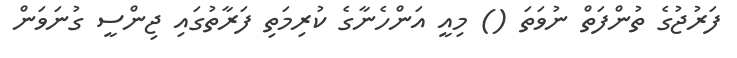
ފަރުޖުގެ ތުންފަތް ނުވަތަ () މިއީ އަންހެނާގެ ކުރިމަތި ފަރާތުގައި ޖިންސީ ގުނަވަން